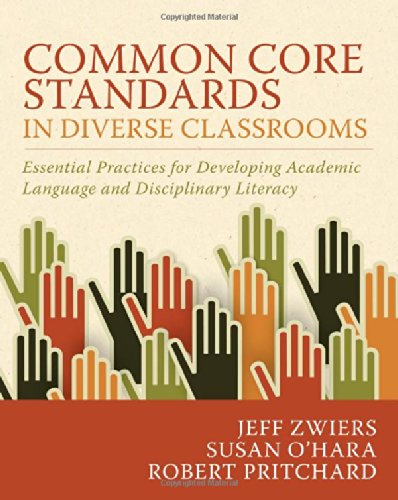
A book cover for Common Core Standards in Diverse Classrooms: Essential Practices for Developing Academic Language and Disciplinary Literacy; Jeff Zwiers; Education & Teaching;